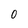
Character: 0